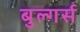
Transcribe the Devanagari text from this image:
बुल्गर्स